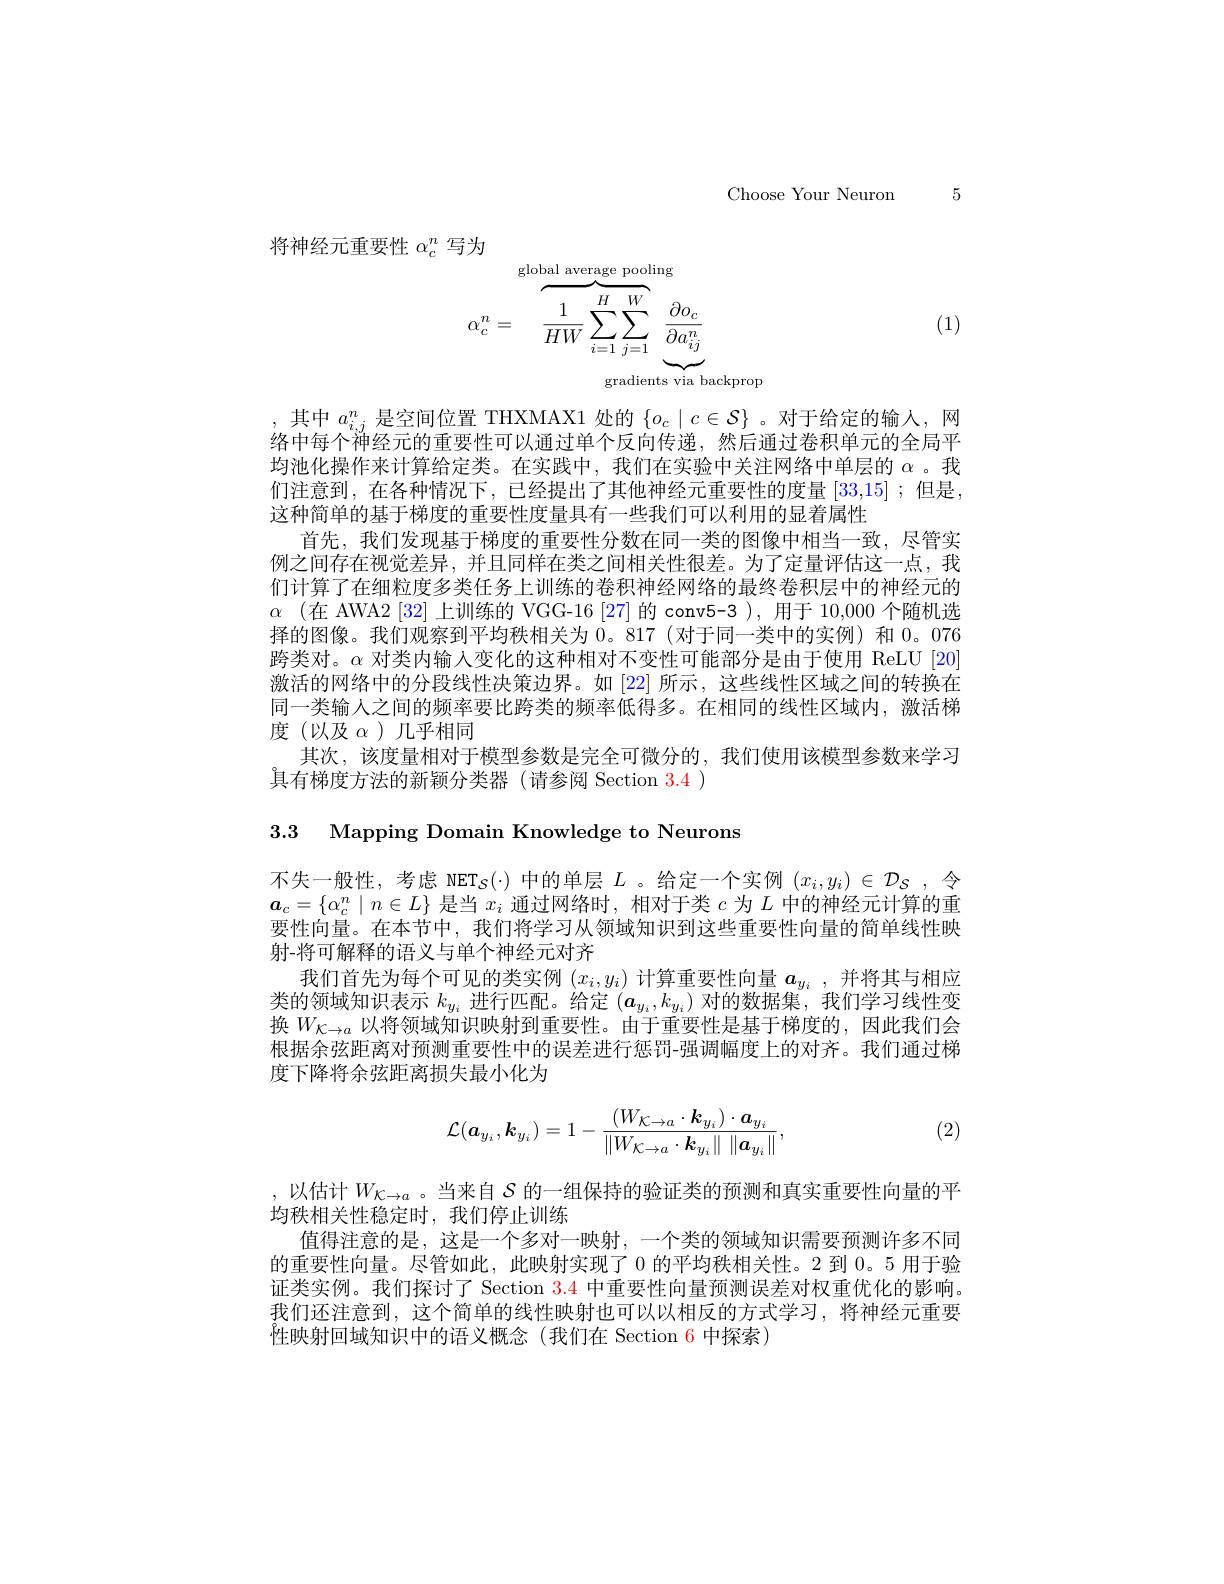
Choose Your Neuron 5

将神经元重要性$\alpha_c^n$写为
$$\alpha_c^n=\overbrace{\frac{1}{HW}\sum_{i=1}^H\sum_{j=1}^W\underbrace{\frac{\partial o_c}{\partial a_{ij}^n}}_{\text{gradients via ba}}}^{\text{global average pooling}}$$
(1)

,其中$a_{i,j}^n$是空间位置 THXMAX1 处的$\{o_c\mid c\in\mathcal{S}\}$ 。对于给定的输人，网络中每个神经元的重要性可以通过单个反向传递，然后通过卷积单元的全局平均池化操作来计算给定类。在实践中，我们在实验中关注网络中单层的$\alpha$。我们注意到，在各种情况下，已经提出了其他神经元重要性的度量[33,15];但是， 这种简单的基于梯度的重要性度量具有一些我们可以利用的显着属性
首先，我们发现基于梯度的重要性分数在同一类的图像中相当一致，尽管实例之间存在视觉差异，并且同样在类之间相关性很差。为了定量评估这一点，我们计算了在细粒度多类任务上训练的卷积神经网络的最终卷积层中的神经元的$\alpha$ (在 AWA2 [32] 上训练的 VGG-16 [27] 的 conv5-3 ), 用于 10,000 个随机选择的图像。我们观察到平均秩相关为 0。817 (对于同一类中的实例) 和0。076跨类对。$\alpha$对类内输入变化的这种相对不变性可能部分是由于使用 ReLU[20] 激活的网络中的分段线性决策边界。如 [22] 所示，这些线性区域之间的转换在同一类输人之间的频率要比跨类的频率低得多。在相同的线性区域内，激活梯度(以及$\alpha$)几乎相同
其次，该度量相对于模型参数是完全可微分的，我们使用该模型参数来学习
具 有 梯 度 方 法 的 新 颖 分 类 器 ( 请 参 阅 Section 3. 4)

3.3 Mapping Domain Knowledge to Neurons

不失一般性，考虑 NET$_S(\cdot)$中的单层$L$ 。给定一个实例$(x_i,y_i)\in\mathcal{D}_S$ ,令$\boldsymbol{a}_c=\{\alpha_c^n\mid n\in L\}$是当$x_i$通过网络时，相对于类$c$为$L$中的神经元计算的重要性向量。在本节中，我们将学习从领域知识到这些重要性向量的简单线性映射-将可解释的语义与单个神经元对齐
我们首先为每个可见的类实例$(x_i,y_i)$计算重要性向量$a_y_i$,并将其与相应类的领域知识表示$k_y_i$进行匹配。给定$(a_y_i,k_{y_i})$对的数据集，我们学习线性变换$W_{\mathcal{K}\to a}$以将领域知识映射到重要性。由于重要性是基于梯度的，因此我们会根据余弦距离对预测重要性中的误差进行惩罚-强调幅度上的对齐。我们通过梯度下降将余弦距离损失最小化为
$$\mathcal{L}(\boldsymbol{a}_{y_i},\boldsymbol{k}_{y_i})=1-\frac{(W_{\mathcal{K}\to a}\cdot\boldsymbol{k}_{y_i})\cdot\boldsymbol{a}_{y_i}}{\|W_{\mathcal{K}\to a}\cdot\boldsymbol{k}_{y_i}\|\:\|\boldsymbol{a}_{y_i}\|},$$
(2)

,以估计$W_{\mathcal{K}\to a}$。当来自 $S$ 的一组保持的验证类的预测和真实重要性向量的平
均秩相关性稳定时，我们停止训练
值得注意的是，这是一个多对一映射，一个类的领域知识需要预测许多不同的重要性向量。尽管如此，此映射实现了 0 的平均秩相关性。2 到 0。5 用于验证类实例。我们探讨了 Section $\color{red}{3.4}$中重要性向量预测误差对权重优化的影响。我们还注意到，这个简单的线性映射也可以以相反的方式学习，将神经元重要性映射回域知识中的语义概念(我们在 Section 6 中探索)